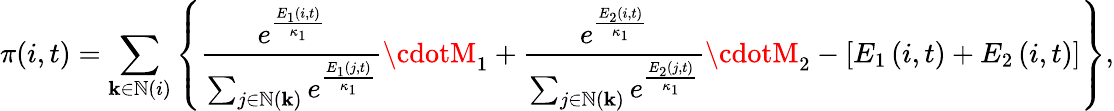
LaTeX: \pi(i,t)=\sum_{\mathbf{k}\in\mathbb{{N}}(i)}\left\{ \frac{{e^{\frac{{E_{\scriptscriptstyle1}\left(i,t\right)}}{{\kappa_{1}}}}}}{{\sum_{j\in\mathbb{{N}}\left(\mathbf{k}\right)}e^{\frac{{E_{1}\left(j,t\right)}}{{\kappa_{1}}}}}}\cdotM_{1}+\frac{{e^{\frac{{E_{\scriptscriptstyle2}\left(i,t\right)}}{{\kappa_{1}}}}}}{{\sum_{j\in\mathbb{{N}}\left(\mathbf{k}\right)}e^{\frac{{E_{2}\left(j,t\right)}}{{\kappa_{1}}}}}}\cdotM_{2}-\left[E_{1}\left(i,t\right)+E_{2}\left(i,t\right)\right]\right\} ,